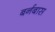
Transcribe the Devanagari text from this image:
बर्नबास